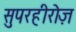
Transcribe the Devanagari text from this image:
सुपरहीरोज़